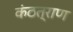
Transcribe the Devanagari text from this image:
कंठत्राण